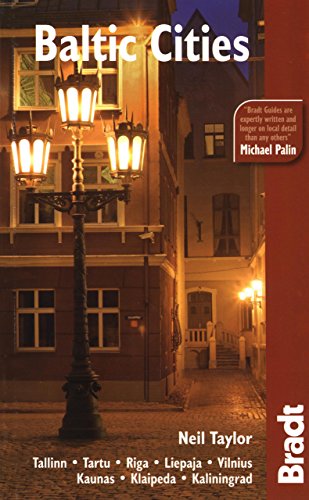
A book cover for Baltic Cities (Bradt Travel Guide); Neil Taylor; Travel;